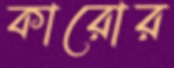
কারোর